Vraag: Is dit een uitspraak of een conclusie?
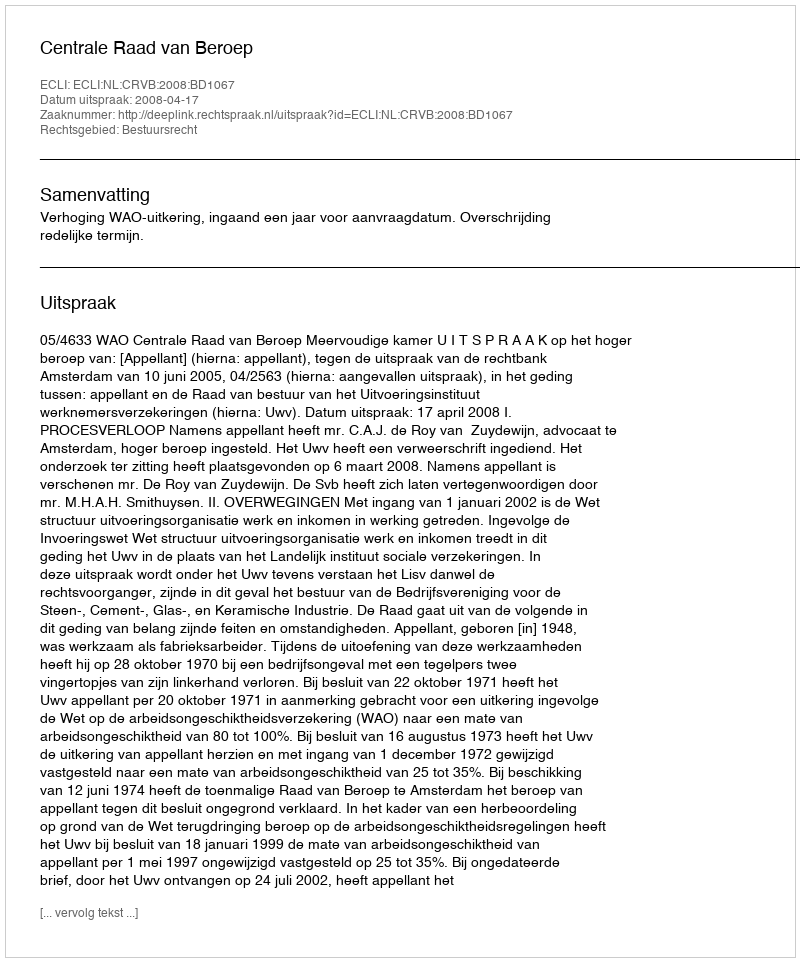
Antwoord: Uitspraak